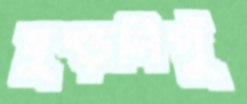
মুষ্‌ড়লিপুঁ